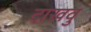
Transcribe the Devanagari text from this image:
दाखवु